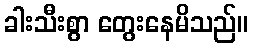
ခါးသီးစွာ တွေးနေမိသည်။